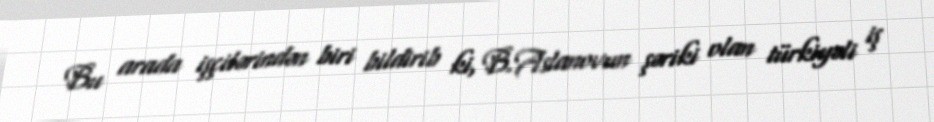
Bu arada işçilərindən biri bildirib ki, B.Aslanovun şəriki olan türkiyəli iş